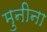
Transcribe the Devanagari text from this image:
मुनीना